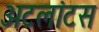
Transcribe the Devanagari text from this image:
अटलांटस